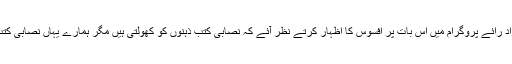
پروگرام کے میزبان شہزاد رائے پروگرام میں اس بات پر افسوس کا اظہار کرتے نظر آئے کہ نصابی کتب ذہنوں کو کھولتی ہیں مگر ہمارے یہاں نصابی کتب ذہنوں کو بند کرتی ہیں۔